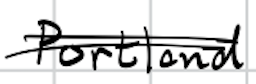
Text: Portland
Cross-out: double-line
Writing tool: digital_black